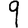
Digit: 9